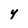
Character: y